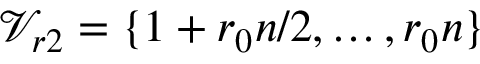
\mathcal { V } _ { r 2 } = \{ 1 + r _ { 0 } n / 2 , \dots , r _ { 0 } n \}